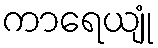
ကာရေယျုံ